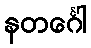
နတင်္ဂေါ